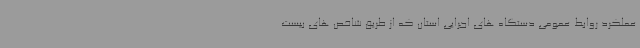
عملکرد روابط عمومی دستگاه های اجرایی استان که از طریق شاخص های بیست